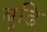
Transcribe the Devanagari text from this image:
बुढि